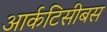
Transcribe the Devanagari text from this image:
आर्कटिसीबस